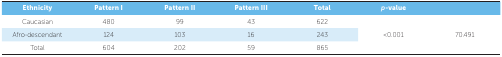
<table><thead><tr><td><b>Ethnicity</b></td><td><b>Pattern I</b></td><td><b>Pattern II</b></td><td><b>Pattern III</b></td><td><b>Total</b></td><td><b><i>p</i>-value</b></td><td></td></tr></thead><tbody><tr><td>Caucasian</td><td>480</td><td>99</td><td>43</td><td>622</td><td rowspan="3">&lt;0.001</td><td rowspan="3">70.491</td></tr><tr><td>Afro-descendant</td><td>124</td><td>103</td><td>16</td><td>243</td></tr><tr><td>Total</td><td>604</td><td>202</td><td>59</td><td>865</td></tr></tbody></table>